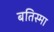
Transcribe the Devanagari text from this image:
बतिस्मा